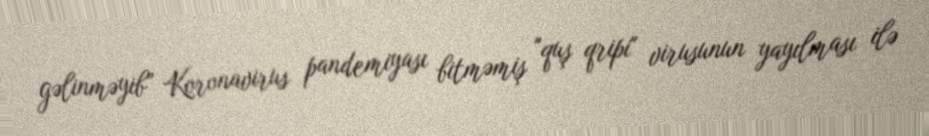
gəlinməyib” Koronavirus pandemiyası bitməmiş "quş qripi" virusunun yayılması ilə